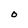
Character: O